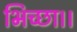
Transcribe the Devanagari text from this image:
भिच्‍छा।।